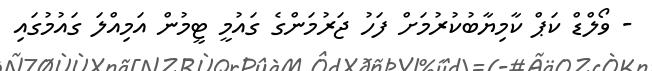
- ވޯލްޑް ކަޕް ކާމިޔާބުކުރުމަށް ފަހު ޖަރުމަންގެ ގައުމީ ޓީމުން އަމިއްލަ ގައުމުގައި